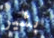
بشير